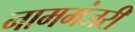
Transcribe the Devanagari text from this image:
नाममंजरी